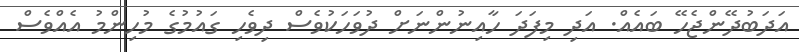
އަދަބުދޭންޖެހޭ ބައެއް. އަދި މިފަދަ ހާއިނުންނަށް ދުވަހަކުވެސް ދިވެހި ގައުމުގެ މުހިންމު އެއްވެސް